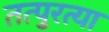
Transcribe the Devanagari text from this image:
तत्पुरत्या